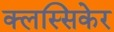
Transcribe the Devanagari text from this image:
क्लस्सिकेर